Civil Veterinary Department Bihar & Orissa reports 1929-36 - 1929-1936
Year: 1929
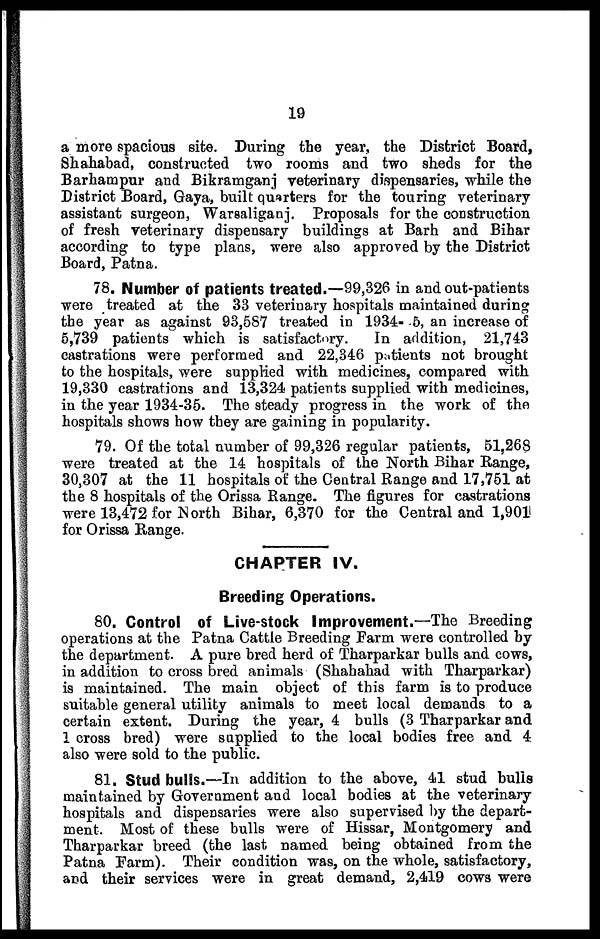
19
a more spacious site. During the year, the District Board,
Shahabad, constructed two rooms and two sheds for the
Barhampur and Bikramganj veterinary dispensaries, while the
District Board, Gaya, built quarters for the touring veterinary
assistant surgeon, Warsaliganj. Proposals for the construction
of fresh veterinary dispensary buildings at Barh and Bihar
according to type plans, were also approved by the District
Board, Patna.
78. Number of patients treated.—99,326 in and out-patients
were treated at the 33 veterinary hospitals maintained during
the year as against 93,587 treated in 1934- 6, an increase of
5,739 patients which is satisfactory.
In addition, 21,743
castrations were performed and 22,346 patients not brought
to the hospitals, were supplied with medicines, compared with
19,330 castrations and 13,324 patients supplied with medicines,
in the year 1934-35. The steady progress in the work of the
hospitals shows how they are gaining in popularity.
79. Of the total number of 99,326 regular patients, 51,268
were treated at the 14 hospitals of the North Bihar Range,
30,307 at the 11 hospitals of the Central Range and 17,751 at
the 8 hospitals of the Orissa Range. The figures for castrations
were 13,472 for North Bihar, 6,370 for the Central and 1,901
for Orissa Range.
CHAPTER IV.
Breeding Operations.
80. Control of Live-stock Improvement.—The Breeding
operations at the Patna Cattle Breeding Farm were controlled by
the department. A pure bred herd of Tharparkar bulls and cows,
in addition to cross bred animals (Shahahad with Tharparkar)
is maintained. The main object of this farm is to produce
suitable general utility animals to meet local demands to a
certain extent. During the year, 4 bulls (3 Tharparkar and
1 cross bred) were supplied to the local bodies free and 4
also were sold to the public.
81. Stud bulls.—In addition to the above, 41 stud bulls
maintained by Government and local bodies at the veterinary
hospitals and dispensaries were also supervised by the depart-
ment. Most of these bulls were of Hissar, Montgomery and
Tharparkar breed (the last named being obtained from the
Patna Farm). Their condition was, on the whole, satisfactory,
and their services were in great demand, 2,419 cows were